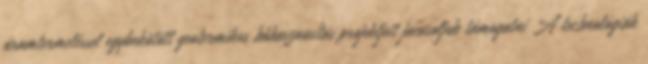
áramtermeléssel egybekötött geotermikus hőhasznosítás projektjeit javasoljuk támogatni A technológiák